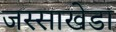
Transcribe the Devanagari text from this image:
जस्‍साखेडा